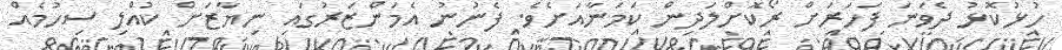
ހުޅުކޮޅު ދެވަނަ ފަހަރަށް ރޯކޮށްލަދިން ކަމަނާއަށެވެ. ފެނުނު އެމަންޒަރުގައި ނިޔާޒަށް ކުއްލި ސިހުމެއް